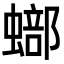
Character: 𧐾